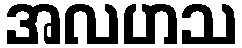
အလဟသ